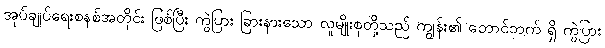
အုပ်ချုပ်ရေးစနစ်အတိုင်း ဖြစ်ပြီး ကွဲပြား ခြားနားသော လူမျိုးစုတို့သည် ကျွန်း၏ တောင်ဘက် ရှိ ကွဲပြား